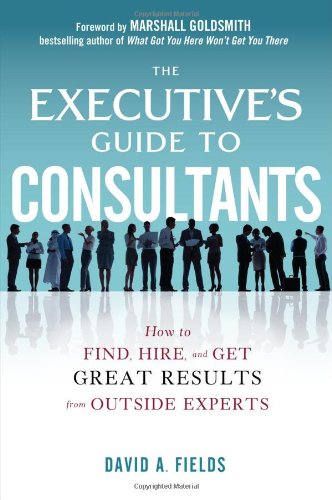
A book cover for The Executive's Guide to Consultants: How to Find, Hire and Get Great Results from Outside Experts; David Fields; Business & Money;